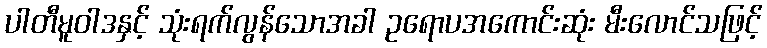
ပါတီမူဝါဒနှင့် သုံးရက်လွန်သောအခါ ဥရောပအကောင်းဆုံး မီးလောင်သဖြင့်